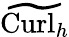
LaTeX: \widetilde{\mathrm{Curl}_{h}}